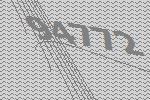
94772